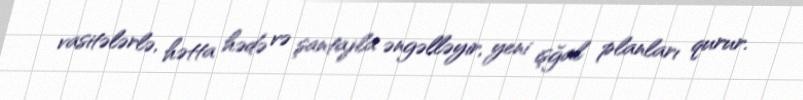
vasitələrlə, hətta hədə və şantajla əngəlləyir, yeni işğal planları qurur.